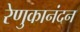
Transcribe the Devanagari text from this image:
रेणुकानंदन